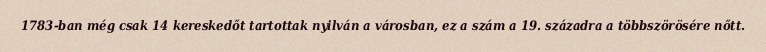
1783-ban még csak 14 kereskedőt tartottak nyilván a városban, ez a szám a 19. századra a többszörösére nőtt.